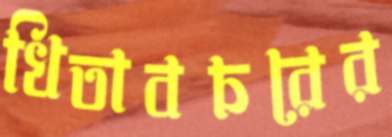
খিতাবচরের